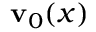
\mathbf { v } _ { 0 } ( x )